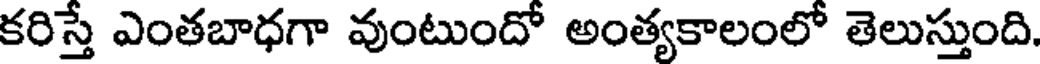
కరిస్తే ఎంతబాధగా వుంటుందో అంత్యకాలంలో తెలుస్తుంది